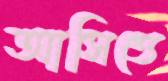
আসিত্তে